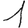
Digit: 1